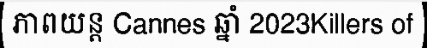
ភាពយន្ត Cannes ឆ្នាំ 2023Killers of